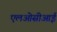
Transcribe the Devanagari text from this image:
एलओसीआई